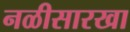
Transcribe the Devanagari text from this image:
नळीसारखा